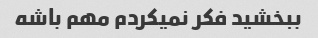
ببخشید فکر نمیکردم مهم باشه